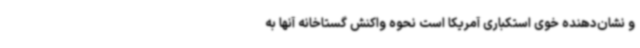
و نشان‌دهنده خوی استکباری آمریکا است نحوه واکنش گستاخانه آنها به